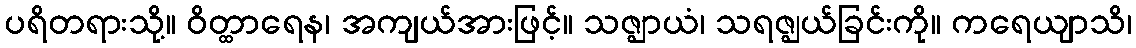
ပရိတရားသို့။ ဝိတ္ထာရေန၊ အကျယ်အားဖြင့်။ သဇ္ဈာယံ၊ သရဇ္ဈယ်ခြင်းကို။ ကရေယျာသိ၊